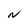
Character: N